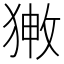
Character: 𤟸